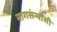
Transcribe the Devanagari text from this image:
नागसंन्यासी